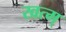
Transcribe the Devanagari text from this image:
खत्म्